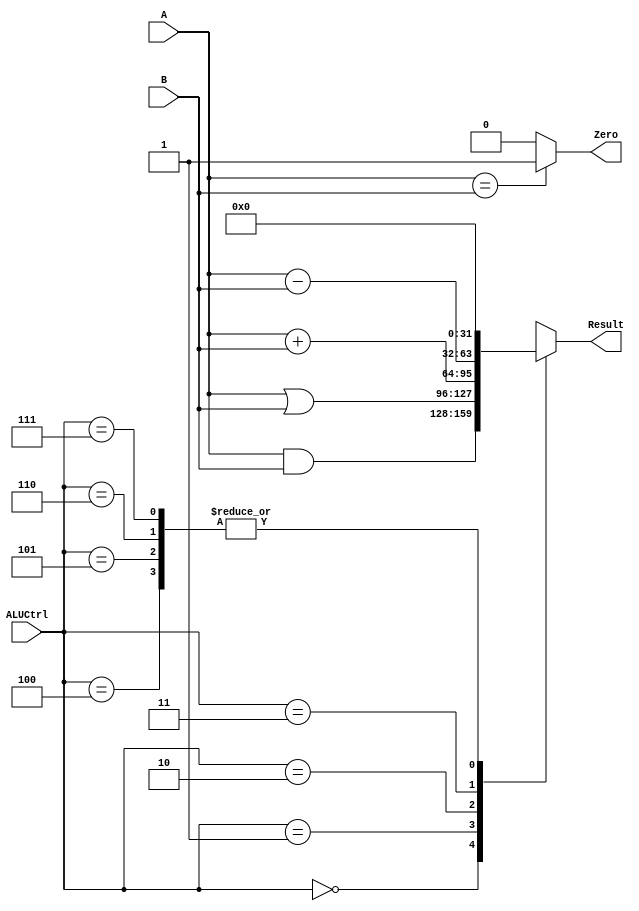
`timescale 1ns / 1ps
//////////////////////////////////////////////////////////////////////////////////
// Company: 
// Engineer: 
// 
// Design Name: 
// Module Name:    alu 
// Project Name: 
// Target Devices: 
// Tool versions: 
// Description: 
//
// Dependencies: 
//
// Revision: 
// Revision 0.01 - File Created
// Additional Comments: 
//
//////////////////////////////////////////////////////////////////////////////////
module alu(
    input [31:0] A,
    input [31:0] B,
    input [2:0] ALUCtrl,
    output reg[31:0] Result,
    output Zero
    );

	reg[31:0] sum;
	reg over;
	always@(*) begin
		case(ALUCtrl) 
			3'b000: begin
				Result = A & B;
			end
			3'b001: begin
				Result = A | B;
			end
			3'b010: begin
				Result = A + B;
			end
			3'b011: begin
				Result = A - B;
			end
			3'b100: begin
				Result = 0;
			end
			3'b101: begin
				Result = 0;
			end
			3'b110: begin
				Result = 0;
			end
			3'b111: begin
				Result = 0;
			end
			default: begin
				Result = 0;
			end
		endcase
	end
	assign  Zero = (A==B) ? 1'b1 : 1'b0;
endmodule